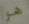
هو